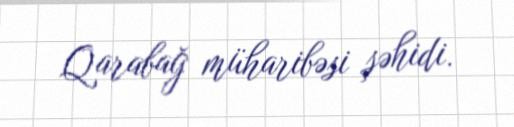
Qarabağ müharibəsi şəhidi.